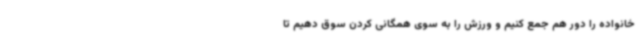
خانواده را دور هم جمع کنیم و ورزش را به سوی همگانی کردن سوق دهیم تا